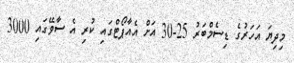
މިދިޔަ އަހަރުގެ ޑިސެމްބަރު 25-30 އަށް އެއާޕޯޓްގައި ކުރި އެ ސާވޭގައި 3000